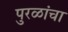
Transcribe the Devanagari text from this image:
पुरळांचा